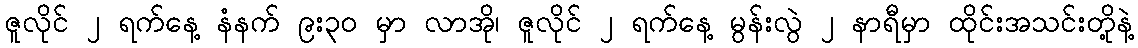
ဇူလိုင် ၂ ရက်နေ့ နံနက် ၉း၃၀ မှာ လာအို၊ ဇူလိုင် ၂ ရက်နေ့ မွန်းလွဲ ၂ နာရီမှာ ထိုင်းအသင်းတို့နဲ့